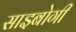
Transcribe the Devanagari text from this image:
साइबोगी